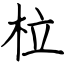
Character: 柆